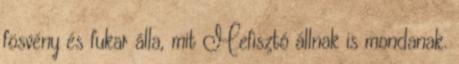
fösvény és fukar álla, mit Mefisztó állnak is mondanak.